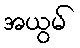
အယွမ်